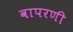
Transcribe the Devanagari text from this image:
वापरणी